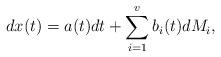
LaTeX: \begin{align*} dx(t)=a(t) dt+ \sum_{i=1}^v b_i(t)dM_i, \end{align*}